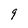
Character: 9